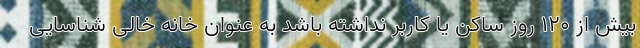
بیش از ۱۲۰ روز ساکن یا کاربر نداشته باشد به عنوان خانه خالی شناسایی